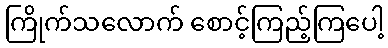
ကြိုက်သလောက် စောင့်ကြည့်ကြပေါ့